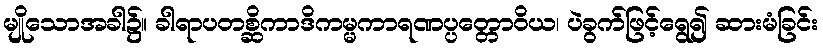
မျိုသောအခါ၌။ ခါရာပတစ္ဆိကာဒိကမ္မကာရဏပ္ပတ္တောဝိယ၊ ပဲခွက်ဖြင့်ရွေ၍ ဆားမံခြင်း